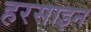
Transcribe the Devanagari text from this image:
हरसाइन